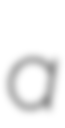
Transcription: a